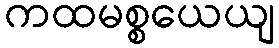
ကထမစ္စယေယျ